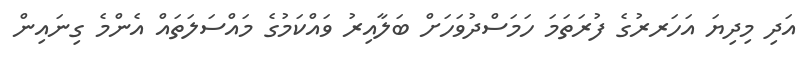
އަދި މިދިޔަ އަހަރރުގެ ފުރަތަމަ ހަމަސްދުވަހަށް ބަލާއިރު ވައްކަމުގެ މައްސަލަތައް އެންމެ ގިނައިން